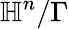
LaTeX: \mathbb{H}^{n}/\Gamma